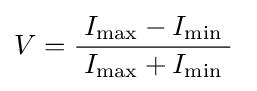
V={\frac {\;I_{\max }-I_{\min }\;}{I_{\max }+I_{\min }}}~